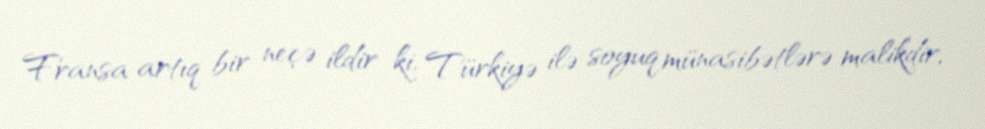
Fransa artıq bir neçə ildir ki, Türkiyə ilə soyuq münasibətlərə malikdir,